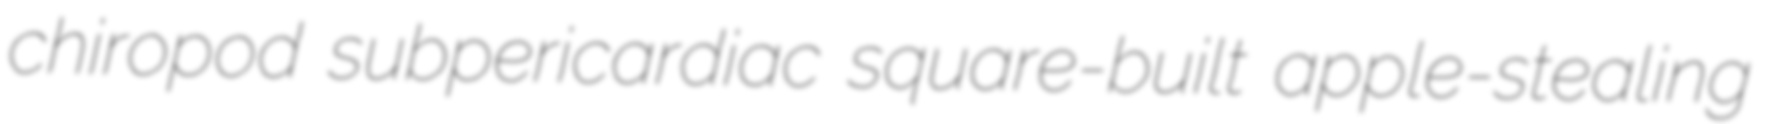
chiropod subpericardiac square-built apple-stealing